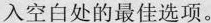
入空白处的最佳选项。